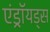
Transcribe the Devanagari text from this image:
एंड्रॉयड्स